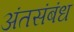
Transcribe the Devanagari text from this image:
अंतसंबंध